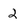
Character: 2